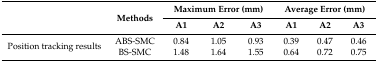
<table><thead><tr><td rowspan="2"></td><td rowspan="2"><b>Methods</b></td><td colspan="3"><b>Maximum Error (mm)</b></td><td colspan="3"><b>Average Error (mm)</b></td></tr><tr><td><b>A1</b></td><td><b>A2</b></td><td><b>A3</b></td><td><b>A1</b></td><td><b>A2</b></td><td><b>A3</b></td></tr></thead><tbody><tr><td rowspan="2">Position tracking results</td><td>ABS-SMC</td><td>0.84</td><td>1.05</td><td>0.93</td><td>0.39</td><td>0.47</td><td>0.46</td></tr><tr><td>BS-SMC</td><td>1.48</td><td>1.64</td><td>1.55</td><td>0.64</td><td>0.72</td><td>0.75</td></tr></tbody></table>